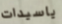
ياسيدات